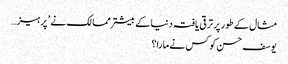
مثال کے طور پر ترقی یافتہ دنیا کے بیشتر ممالک نے ’ پرہیز…
یوسف حسن کو کس نے مارا؟